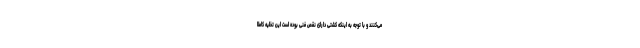
می‌کنند و با توجه به اینکه کشتی دارای نقص فنی بوده است این تخلیه کاملا